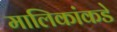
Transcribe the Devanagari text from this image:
मालिकांकडे